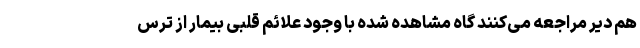
هم دیر مراجعه می‌کنند گاه مشاهده شده با وجود علائم قلبی بیمار از ترس